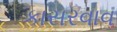
કાસરવાવ